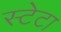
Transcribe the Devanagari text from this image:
स्टेटा